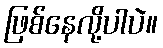
ဖြစ်နေလို့ပါပဲ။